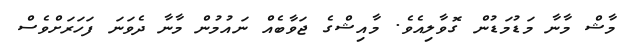
މާޝް މާނާ މަޑުމަޑުން ގޮވާލިއެވެ. މާއިޝްގެ ޖަވާބެއް ނައުމުން މާނާ ދެވަނަ ފަހަރަށްވެސް